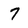
Character: 7